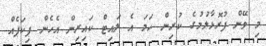
މި ވޭން ފުރޮޅާލުމުގެ ކުރިން ހަމަ އެ ލައިޓް ކައިރިން އެހެން ޕިކަޕެއް